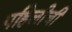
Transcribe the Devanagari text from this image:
पहिलीची